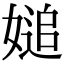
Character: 𡟴